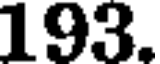
193.